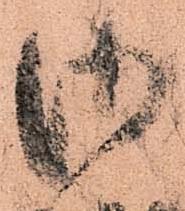
御